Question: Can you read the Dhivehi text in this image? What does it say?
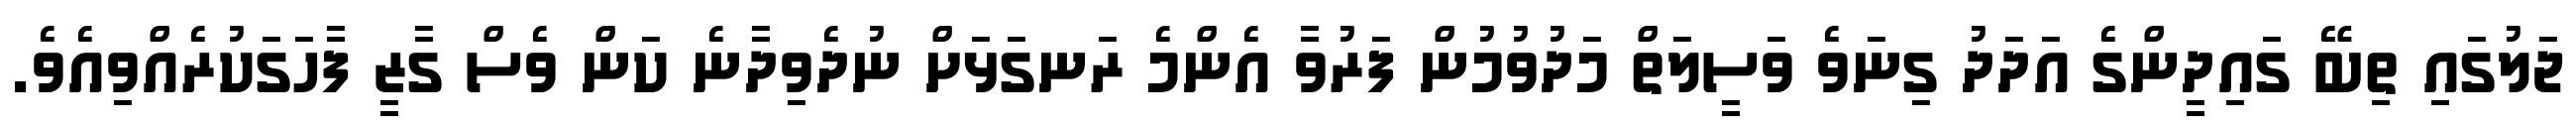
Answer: ޖަލުގައި ތިބޭ ގައިދީންގެ އަދަދު ގިނަވެ ވަސީލަތް މަދުވުމުން ފަރުވާ އެންމެ ރަނގަޅަށް ނުދެވިދާނެ ކަން ވެސް ގާޒީ ފާހަގަކުރެއްވިއެވެ.